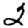
Digit: 2